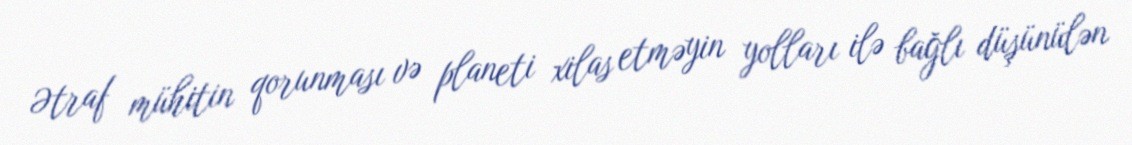
Ətraf mühitin qorunması və planeti xilas etməyin yolları ilə bağlı düşünülən